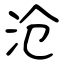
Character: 沧